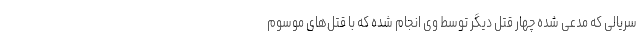
سریالی که مدعی شده چهار قتل دیگر توسط وی انجام شده که با قتل‌های موسوم